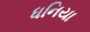
ધનિયા